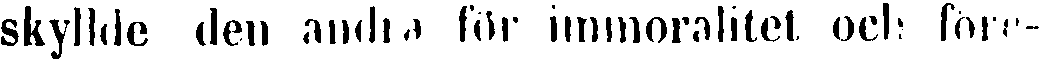
skyllde den andra för immoralitet och före-